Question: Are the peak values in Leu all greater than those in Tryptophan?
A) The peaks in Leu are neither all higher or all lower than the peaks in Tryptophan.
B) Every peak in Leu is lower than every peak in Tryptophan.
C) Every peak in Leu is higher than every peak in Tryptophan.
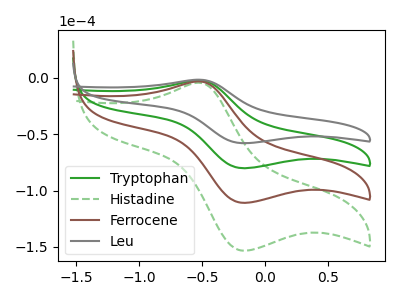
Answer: <think>The green curve "Tryptophan" has an anodic peak at (-0.55V, -2.25uA) and a cathodic peak at (-0.15V, -80.20uA). The green dashed curve "Histadine" has an anodic peak at (-0.55V, -6.80uA) and a cathodic peak at (-0.15V, -240.60uA). The brown curve "Ferrocene" has an anodic peak at (-0.55V, -4.55uA) and a cathodic peak at (-0.15V, -160.40uA). The gray curve "Leu" has an anodic peak at (-0.55V, -1.65uA) and a cathodic peak at (-0.15V, -58.00uA).</think>
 <answer>A) The peaks in "Leu" are neither all higher or all lower than the peaks in "Tryptophan".</answer>
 <eval>A</eval>